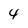
Character: 4